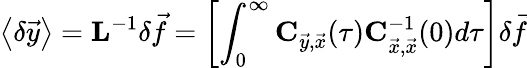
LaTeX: \left<{\delta\vec{y}}\right>=\mathbf{L}^{-1}\delta\vec{f}=\left[\int_{0}^{\infty}\mathbf{C}_{\vec{y},\vec{x}}(\tau)\mathbf{C}_{\vec{x},\vec{x}}^{-1}(0)d\tau\right]\delta\vec{f}